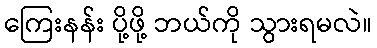
ကြေးနန်း ပို့ဖို့ ဘယ်ကို သွားရမလဲ။